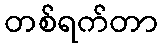
တစ်ရက်တာ